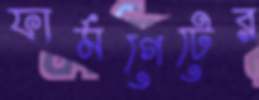
ফার্মগেটের